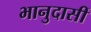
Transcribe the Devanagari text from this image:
भानुदासीं